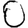
Digit: 0